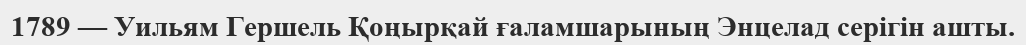
1789 — Уильям Гершель Қоңырқай ғаламшарының Энцелад серігін ашты.